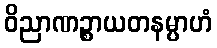
ဝိညာဏဉ္စာယတနမ္ပာဟံ